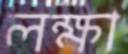
লক্ষা